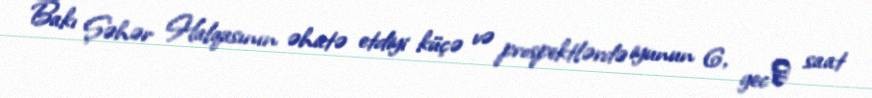
Bakı Şəhər Halqasının əhatə etdiyi küçə və prospektlərdə iyunun 6, gecǝ saat